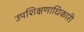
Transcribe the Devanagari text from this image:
उपशिक्षणाधिकारी